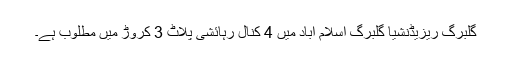
گلبرگ ریزیڈنشیا گلبرگ اسلام آباد میں 4 کنال رہائشی پلاٹ 3 کروڑ میں مطلوب ہے۔